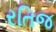
રતિજ